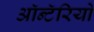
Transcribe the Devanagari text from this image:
ऑन्टॅरियो